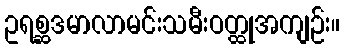
ဥရစ္ဆဒမာလာမင်းသမီးဝတ္ထုအကျဉ်း။